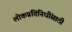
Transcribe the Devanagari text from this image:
लोकप्रतिनिधींसाठी